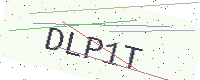
Text: DLP1T